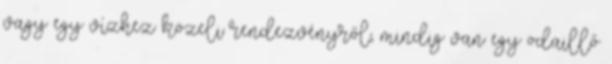
vagy egy vízhez közeli rendezvényről, mindig van egy odaillő